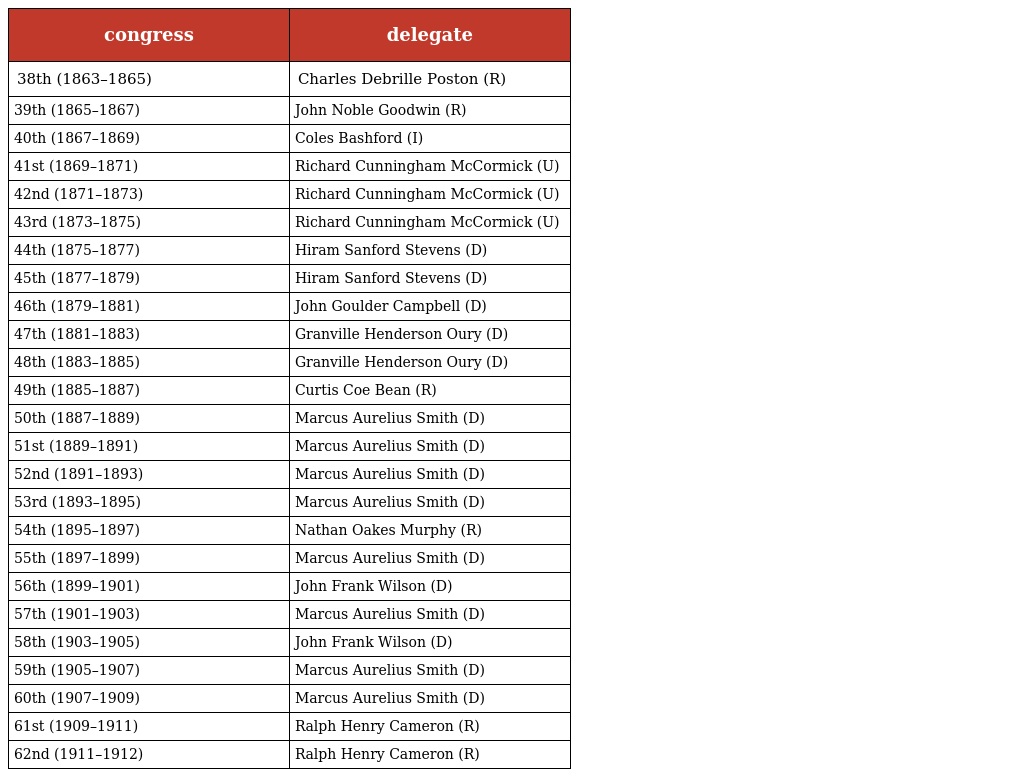
| congress | delegate |
 | --- | --- |
 | 38th (1863–1865) | Charles Debrille Poston (R) |
 | 39th (1865–1867) | John Noble Goodwin (R) |
 | 40th (1867–1869) | Coles Bashford (I) |
 | 41st (1869–1871) | Richard Cunningham McCormick (U) |
 | 42nd (1871–1873) | Richard Cunningham McCormick (U) |
 | 43rd (1873–1875) | Richard Cunningham McCormick (U) |
 | 44th (1875–1877) | Hiram Sanford Stevens (D) |
 | 45th (1877–1879) | Hiram Sanford Stevens (D) |
 | 46th (1879–1881) | John Goulder Campbell (D) |
 | 47th (1881–1883) | Granville Henderson Oury (D) |
 | 48th (1883–1885) | Granville Henderson Oury (D) |
 | 49th (1885–1887) | Curtis Coe Bean (R) |
 | 50th (1887–1889) | Marcus Aurelius Smith (D) |
 | 51st (1889–1891) | Marcus Aurelius Smith (D) |
 | 52nd (1891–1893) | Marcus Aurelius Smith (D) |
 | 53rd (1893–1895) | Marcus Aurelius Smith (D) |
 | 54th (1895–1897) | Nathan Oakes Murphy (R) |
 | 55th (1897–1899) | Marcus Aurelius Smith (D) |
 | 56th (1899–1901) | John Frank Wilson (D) |
 | 57th (1901–1903) | Marcus Aurelius Smith (D) |
 | 58th (1903–1905) | John Frank Wilson (D) |
 | 59th (1905–1907) | Marcus Aurelius Smith (D) |
 | 60th (1907–1909) | Marcus Aurelius Smith (D) |
 | 61st (1909–1911) | Ralph Henry Cameron (R) |
 | 62nd (1911–1912) | Ralph Henry Cameron (R) |